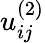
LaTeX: u_{ij}^{(2)}